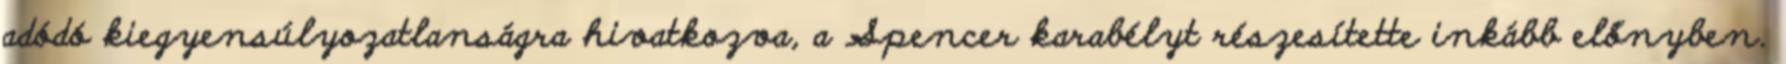
adódó kiegyensúlyozatlanságra hivatkozva, a Spencer karabélyt részesítette inkább előnyben.